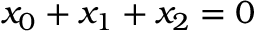
x _ { 0 } + x _ { 1 } + x _ { 2 } = 0